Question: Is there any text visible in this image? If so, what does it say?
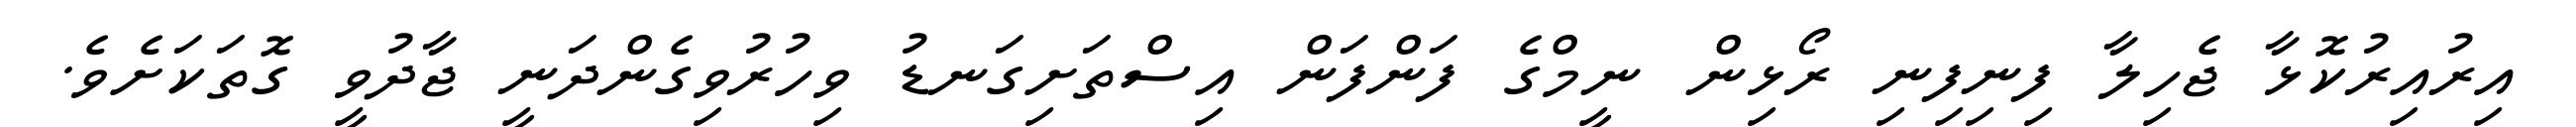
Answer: އިރުއިރުކޮޅާ ޖެހިލާ ފިނިފިނި ރޯޅިން ނީމްގެ ފަންފަން އިސްތަށިގަނޑު ވިހުރުވިގެންދަނީ ޖާދުވީ ގޮތަކަށެވެ.